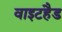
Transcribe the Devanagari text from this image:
वाइटहैड